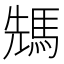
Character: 𩣂